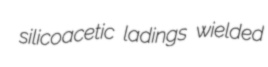
silicoacetic ladings wielded